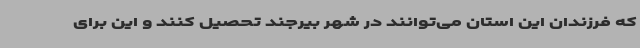
که فرزندان این استان می‌توانند در شهر بیرجند تحصیل کنند و این برای